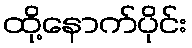
ထို့နောက်ပိုင်း